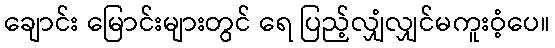
ချောင်း မြောင်းများတွင် ရေ ပြည့်လျှံလျှင်မကူးဝံ့ပေ။